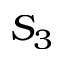
S _ { 3 }